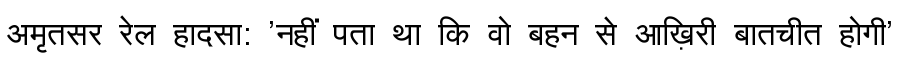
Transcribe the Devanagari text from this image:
अमृतसर रेल हादसा: 'नहीं पता था कि वो बहन से आख़िरी बातचीत होगी'